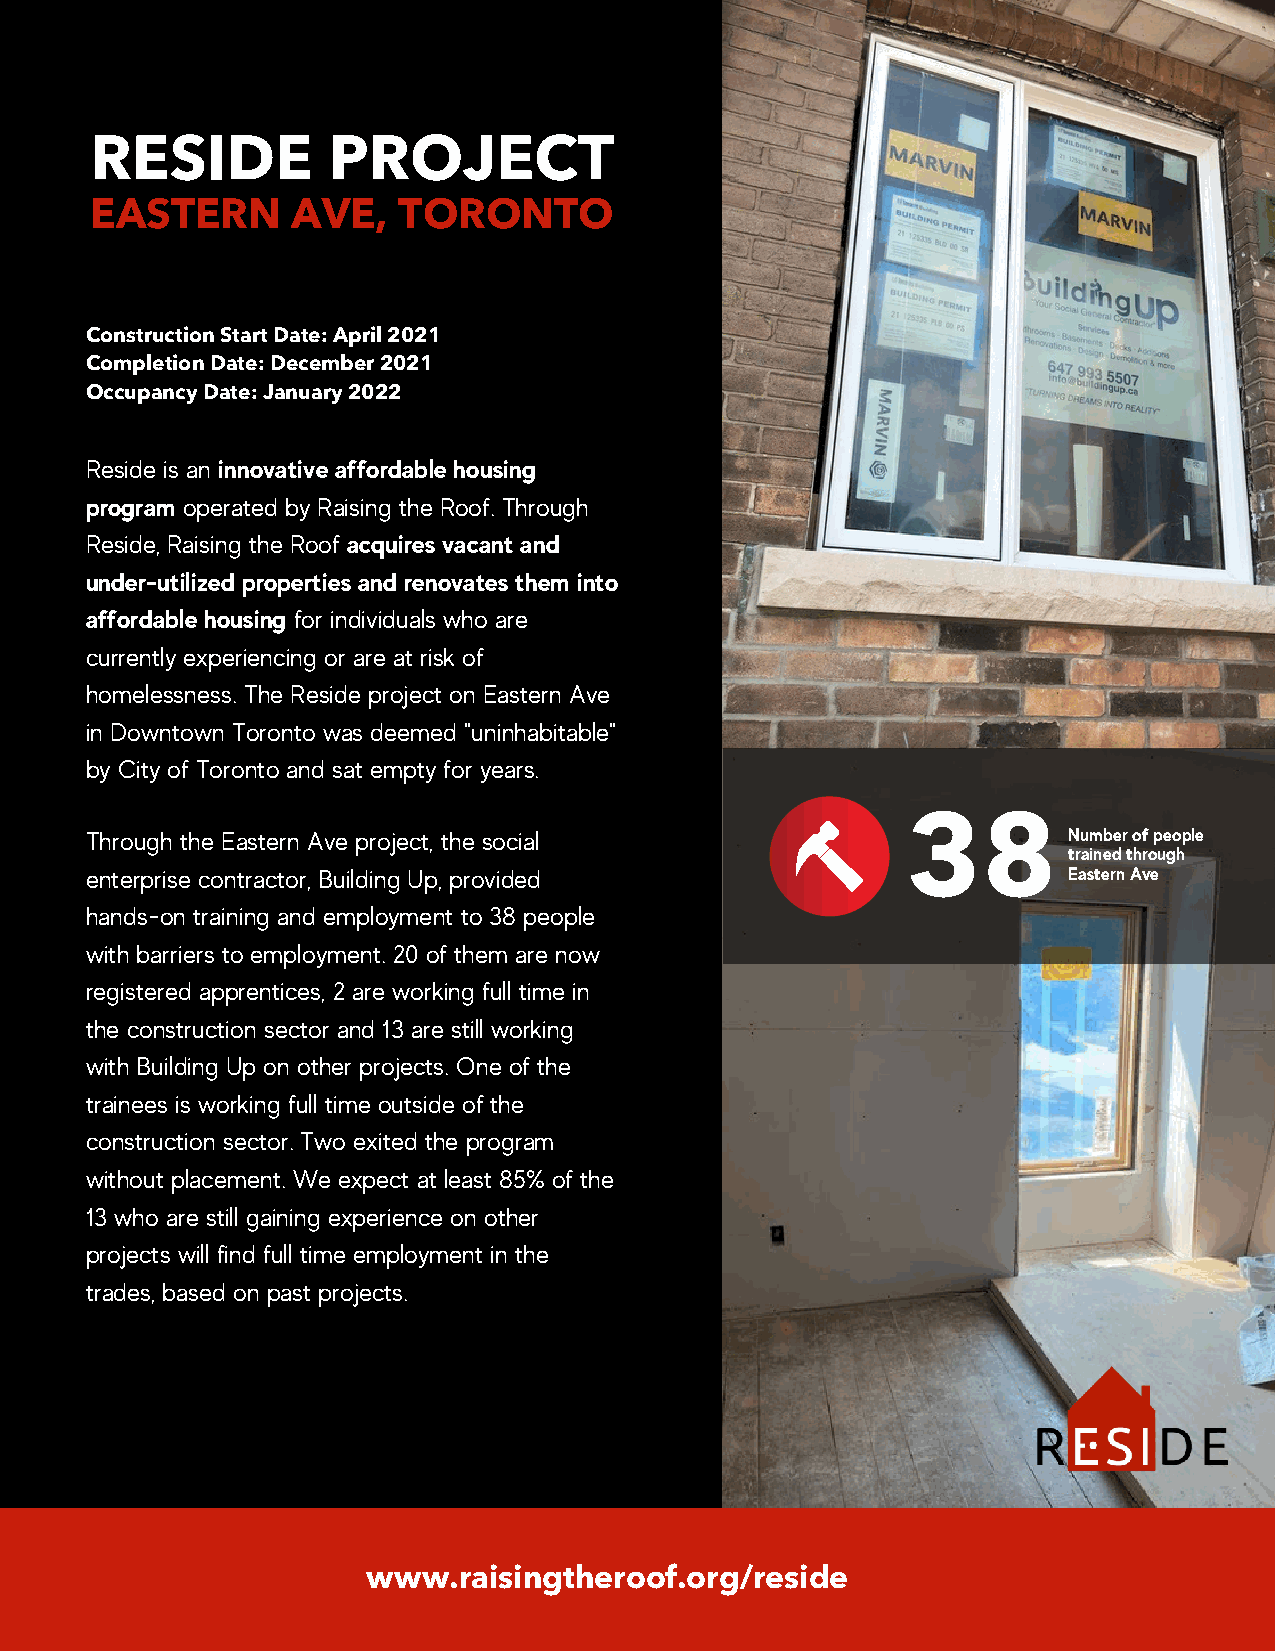
RESIDE          PROJECT
 EASTERN      AVE,   TORONTO
 Construction Start Date: April 2021
 Completion Date: December 2021
 Occupancy Date: January 2022
 Reside is an innovative affordable housing
 program operated by Raising the Roof. Through
 Reside, Raising the Roof acquires vacant and
 under-utilized properties and renovates them into
 affordable housing for individuals who are
 currently experiencing or are at risk of
 homelessness. The Reside project on Eastern Ave
 in Downtown Toronto was deemed "uninhabitable"
 by City of Toronto and sat empty for years.
 38
 Through the Eastern Ave project, the social                      Number of people
 trained through
 enterprise contractor, Building Up, provided                     Eastern Ave
 hands-on training and employment to 38 people
 with barriers to employment. 20 of them are now
 registered apprentices, 2 are working full time in
 the construction sector and 13 are still working
 with Building Up on other projects. One of the
 trainees is working full time outside of the
 construction sector. Two exited the program
 without placement. We expect at least 85% of the
 13 who are still gaining experience on other
 projects will find full time employment in the
 trades, based on past projects.
 www.raisingtheroof.org/reside